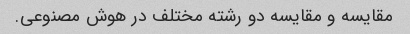
مقایسه و مقایسه دو رشته مختلف در هوش مصنوعی.